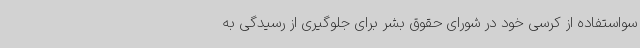
سواستفاده از کرسی خود در شورای حقوق بشر برای جلوگیری از رسیدگی به